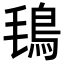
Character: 𩿂